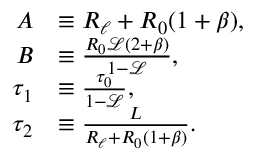
\begin{array} { r l } { A } & { \equiv R _ { \ell } + R _ { 0 } ( 1 + \beta ) , } \\ { B } & { \equiv \frac { R _ { 0 } \mathscr { L } ( 2 + \beta ) } { 1 - \mathscr { L } } , } \\ { \tau _ { 1 } } & { \equiv \frac { \tau _ { 0 } } { 1 - \mathscr { L } } , } \\ { \tau _ { 2 } } & { \equiv \frac { L } { R _ { \ell } + R _ { 0 } ( 1 + \beta ) } . } \end{array}